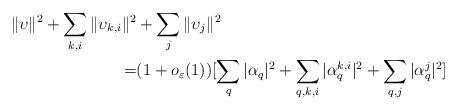
LaTeX: \begin{align*}\Vert \upsilon\Vert^{2}+\sum_{k,i} \Vert \upsilon_{k,i}\Vert^{2} & +\sum_{j}\Vert \upsilon_{j} \Vert^{2} \\= &(1+o_{\varepsilon}(1))[\sum_{q}\vert \alpha_{q}\vert^{2}+\sum_{q,k,i}\vert \alpha^{k,i}_{q}\vert^{2}+\sum_{q,j}\vert \alpha_{q}^{j}\vert^{2}]\end{align*}